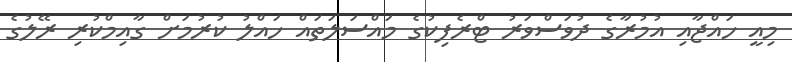
މިއީ ހައްޖާއި އުމުރާގެ ދުވަސްވަރު ޓްރެފިކުގެ މައްސަލަތައް ހައްލު ކުރުމަށް ގާއިމްކުރި ރޭލުގެ